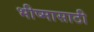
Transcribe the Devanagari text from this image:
भीष्मासाठी